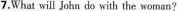
7.What will John do with the woman?